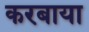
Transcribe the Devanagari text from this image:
करबाया